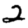
Digit: 2